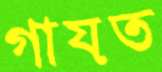
গায়ত